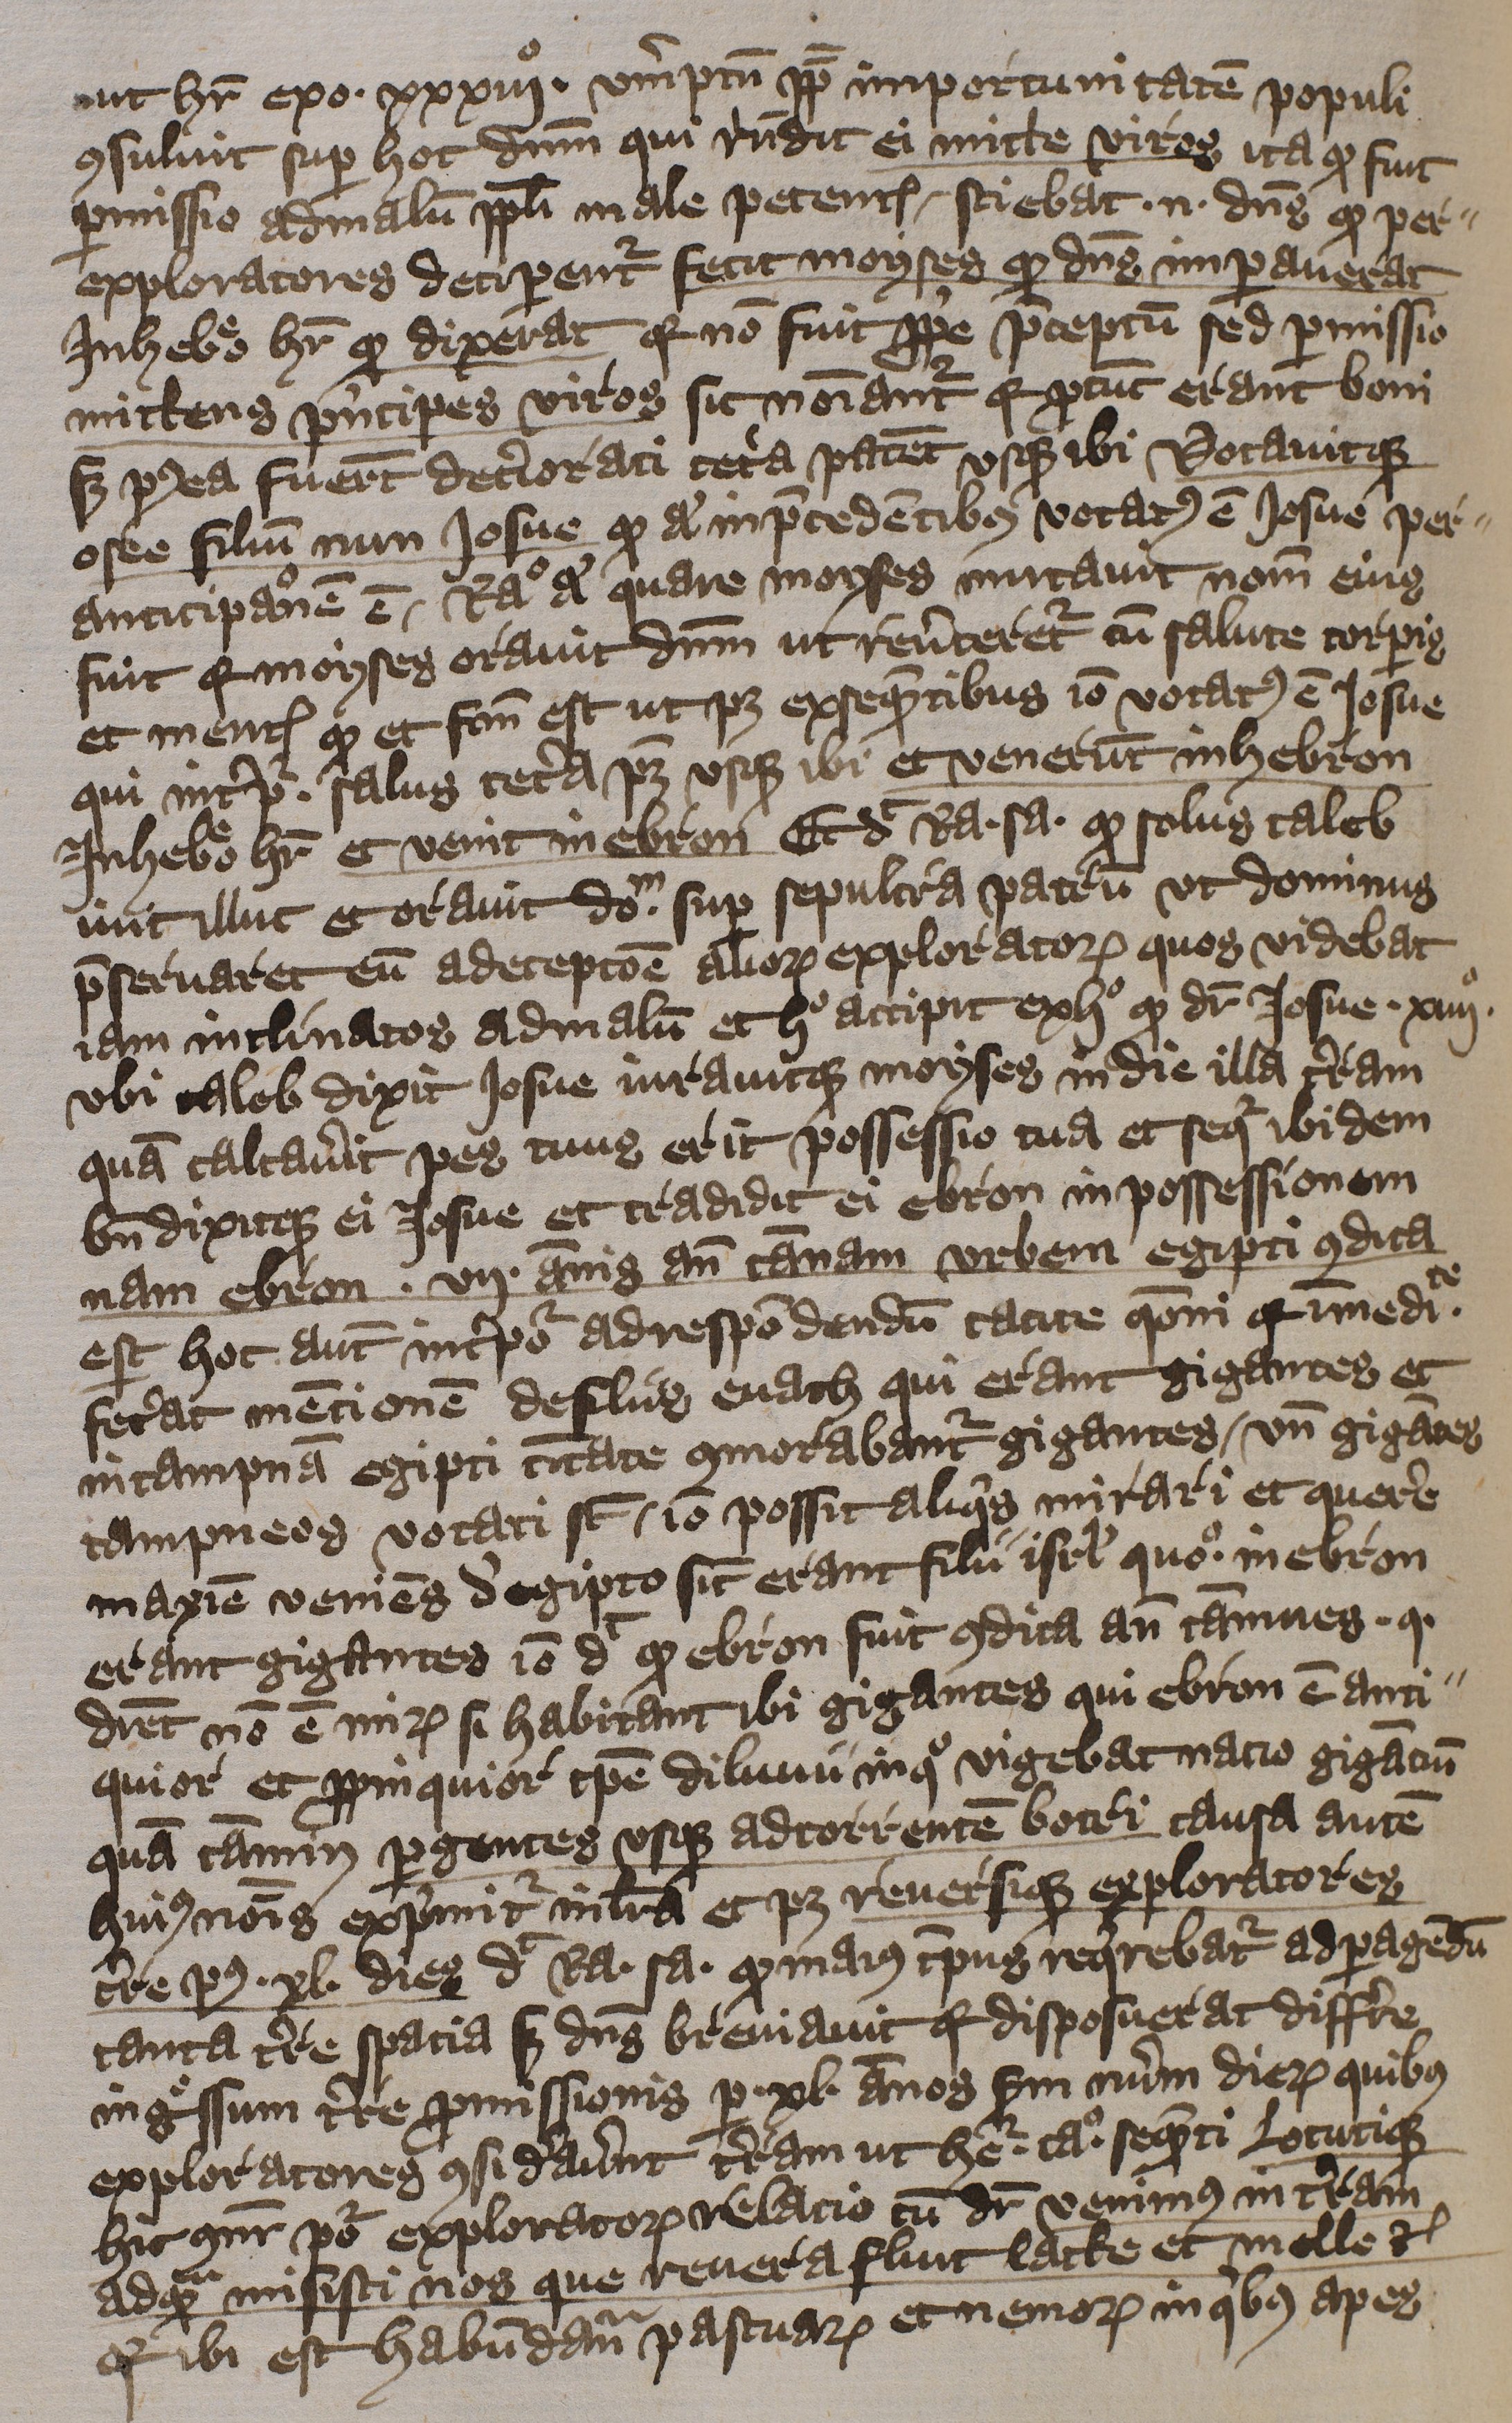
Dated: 1397–1397